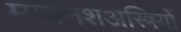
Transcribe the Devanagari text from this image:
मापनशअस्त्रियों